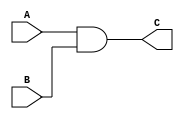
module GATE(
input A,
input B, 
output C);

assign C = A & B;

endmodule